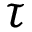
\tau